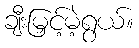
ချီးမြှင့်မဲ့ရွယ်။